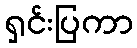
ရှင်းပြကာ